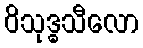
ဝိသုဒ္ဓသီလော